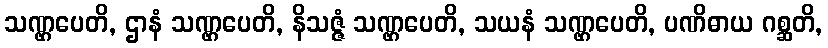
သဏ္ဌပေတိ, ဌာနံ သဏ္ဌပေတိ, နိသဇ္ဇံ သဏ္ဌပေတိ, သယနံ သဏ္ဌပေတိ, ပဏိဓာယ ဂစ္ဆတိ,